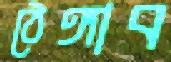
ঠেঙ্গাব